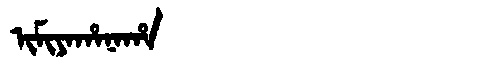
Manchu: ᡳᠮᡳᠶᠠᡥᠠᠨᠠᡥᠠ
Romanization: IMIYAHANAHA